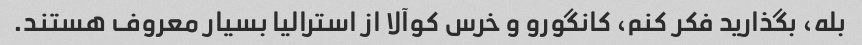
بله، بگذارید فکر کنم، کانگورو و خرس کوآلا از استرالیا بسیار معروف هستند.